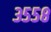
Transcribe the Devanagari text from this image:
३५५८